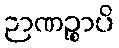
ဉာဏဉ္စာပိ